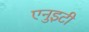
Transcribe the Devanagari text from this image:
एनुइटी